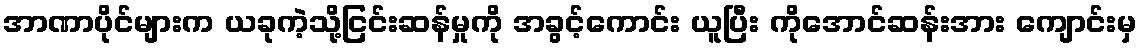
အာဏာပိုင်များက ယခုကဲ့သို့ငြင်းဆန်မှုကို အခွင့်ကောင်း ယူပြီး ကိုအောင်ဆန်းအား ကျောင်းမှ